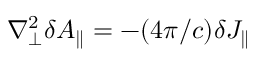
\nabla _ { \perp } ^ { 2 } \delta A _ { \parallel } = - ( 4 \pi / c ) \delta J _ { \parallel }